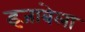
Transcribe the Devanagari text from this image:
इजाबेला